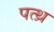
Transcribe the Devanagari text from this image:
पत्थ्र